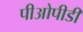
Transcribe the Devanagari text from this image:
पीओपीडी